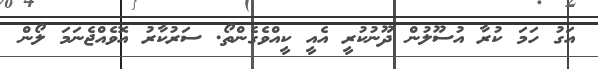
އަގު ހަމަ ކުރާ އުސޫލުން ދޫނުކުރީ އެއީ ކީއްވެގެންތޯ. ސަރުކާރު އޮވެއްޖެނަމަ ލޯން